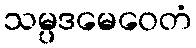
သမ္ပဒမေဝေတံ